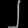
Digit: ၂